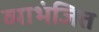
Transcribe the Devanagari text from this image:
व्याभंजित